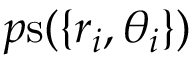
p \mathrm { s } ( \{ r _ { i } , \theta _ { i } \} )